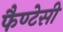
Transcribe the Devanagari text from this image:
फैण्टेसी